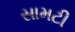
સામટી